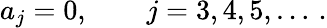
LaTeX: a_{j}=0,\qquad j=3,4,5,\dots\, {.}